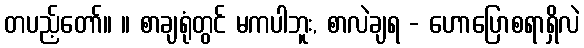
တပည့်တော်။ ။ စာချရုံတွင် မကပါဘူး, စာလဲချရ - ဟောပြောစရာရှိလဲ